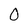
Character: 0